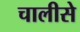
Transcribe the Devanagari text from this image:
चालीसे